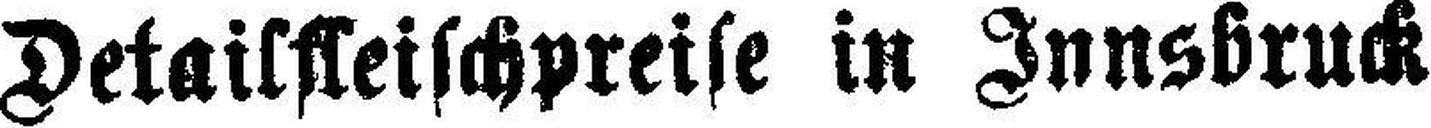
Detailfleischpreise in Innsbruck